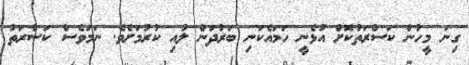
ގިނަ މީހުން ކަސްރަތުކޮށް އުޅެނީ ހަމައެކަނި ބަރުދަން ލުއި ކުރުމަށެވެ. ނަމަވެސް ކަސްރަތު